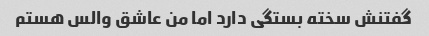
گفتنش سخته بستگی دارد اما من عاشق والس هستم